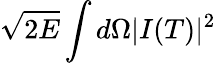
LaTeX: \sqrt{2E}\int d\Omega|I(T)|^{2}